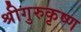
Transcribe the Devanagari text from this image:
श्रीगुरुकृष्ण